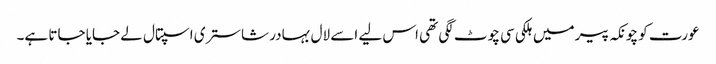
عورت کو چونکہ پیر میں ہلکی سی چوٹ لگی تھی اس لیے اسے لال بہادر شاستری اسپتال لے جایا جاتا ہے۔